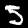
Digit: 5